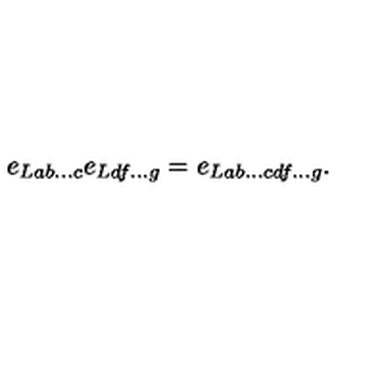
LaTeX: e _ { L a b . . . c } e _ { L d f . . . g } = e _ { L a b . . . c d f . . . g } . \nonumber